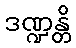
ဒဏ္ဍန္တိ